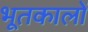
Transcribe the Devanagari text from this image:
भूतकालों